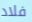
فلاد